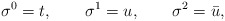
\begin{align*}\sigma^0 = t,\qquad \sigma^1 = u,\qquad \sigma^2= \bar u,\end{align*}